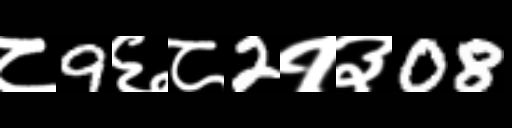
Text: ८9६८2१३08